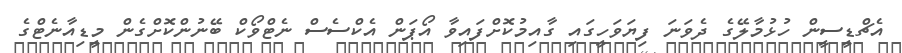
އެޗްޑީސީން ހުޅުމާލޭގެ ދެވަނަ ފިޔަވަހީގައި ގާއިމުކޮށްފައިވާ އޯޕަން އެކްސެސް ނެޓްވޯކް ބޭނުންކޮށްގެން މީޑިއާނެޓްގެ